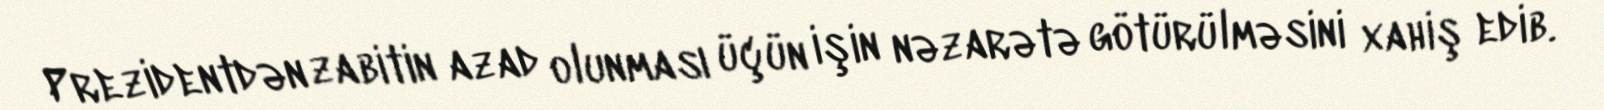
Prezidentdən zabitin azad olunması üçün işin nəzarətə götürülməsini xahiş edib.